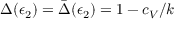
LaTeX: \Delta ( \epsilon _ { 2 } ) = \bar { \Delta } ( \epsilon _ { 2 } ) = 1 - c _ { V } / k